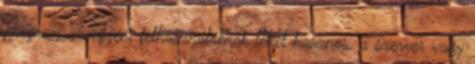
program az egyéni felhasználóknak lehet hasznos, a szerver vagy